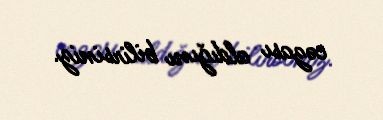
cəzası aldığını bilirsiniz.